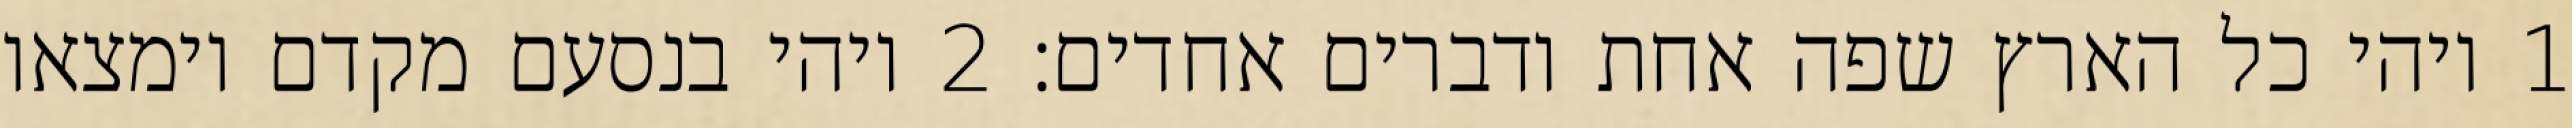
1 ויהי כל הארץ שפה אחת ודברים אחדים׃ ‎2‏ ויהי בנסעם מקדם וימצאו